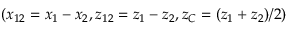
( x _ { 1 2 } = x _ { 1 } - x _ { 2 } , z _ { 1 2 } = z _ { 1 } - z _ { 2 } , z _ { C } = ( z _ { 1 } + z _ { 2 } ) / 2 )